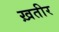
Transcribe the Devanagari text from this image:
ख़तीर